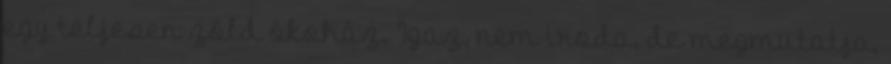
egy teljesen zöld ökoház. Igaz, nem iroda, de megmutatja,